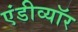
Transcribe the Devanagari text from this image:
एंडीव्यॉर